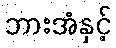
ဘားအံနှင့်